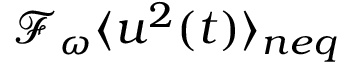
\mathcal { F } _ { \omega } \langle u ^ { 2 } ( t ) \rangle _ { n e q }